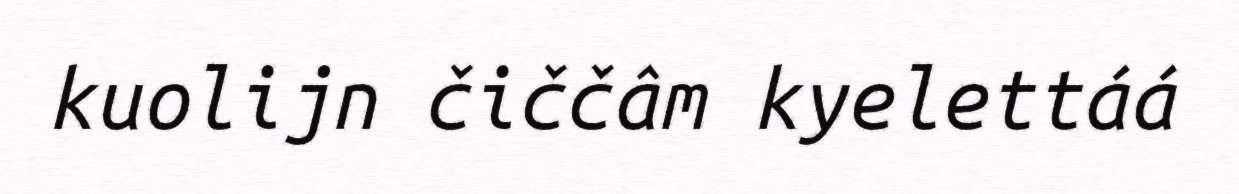
kuolijn čiččâm kyelettáá